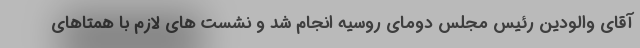
آقای والودین رئیس مجلس دومای روسیه انجام شد و نشست های لازم با همتاهای